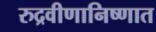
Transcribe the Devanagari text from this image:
रुद्रवीणानिष्णात